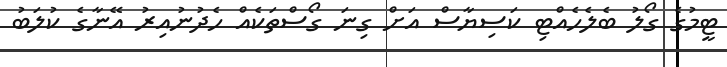
ޓީމުގެ ގޯލު ބެލެހެއްޓި ކަސިޔާސް އަށް ގިނަ ގޯސްތަކެއް ހެދުނުއިރު އޭނާގެ ކުލަބު